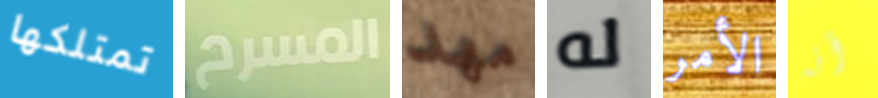
تمتلكها المسرح مهد له الأمر أنه